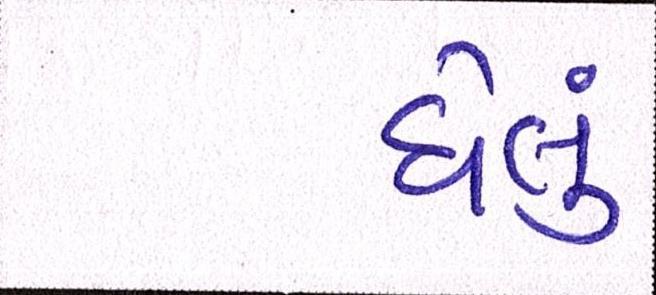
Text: ઘેલું